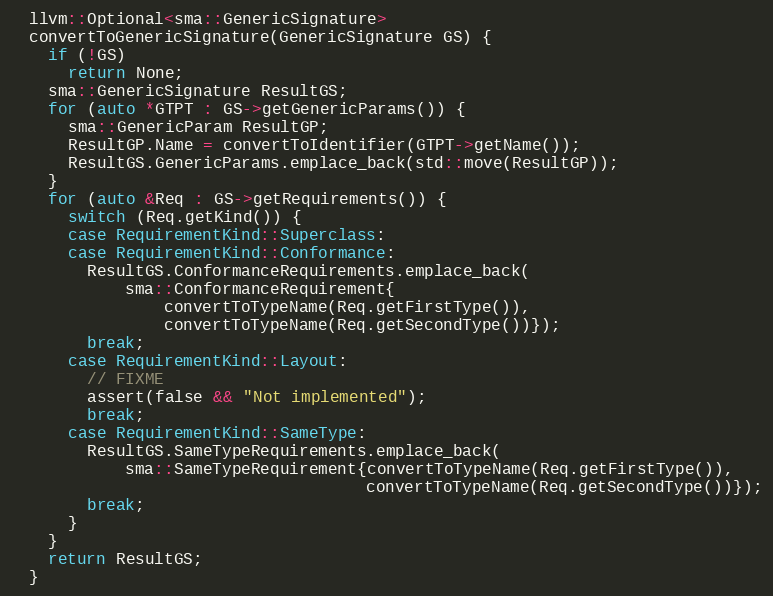
Language: C++
  llvm::Optional<sma::GenericSignature>
  convertToGenericSignature(GenericSignature GS) {
    if (!GS)
      return None;
    sma::GenericSignature ResultGS;
    for (auto *GTPT : GS->getGenericParams()) {
      sma::GenericParam ResultGP;
      ResultGP.Name = convertToIdentifier(GTPT->getName());
      ResultGS.GenericParams.emplace_back(std::move(ResultGP));
    }
    for (auto &Req : GS->getRequirements()) {
      switch (Req.getKind()) {
      case RequirementKind::Superclass:
      case RequirementKind::Conformance:
        ResultGS.ConformanceRequirements.emplace_back(
            sma::ConformanceRequirement{
                convertToTypeName(Req.getFirstType()),
                convertToTypeName(Req.getSecondType())});
        break;
      case RequirementKind::Layout:
        // FIXME
        assert(false && "Not implemented");
        break;
      case RequirementKind::SameType:
        ResultGS.SameTypeRequirements.emplace_back(
            sma::SameTypeRequirement{convertToTypeName(Req.getFirstType()),
                                     convertToTypeName(Req.getSecondType())});
        break;
      }
    }
    return ResultGS;
  }